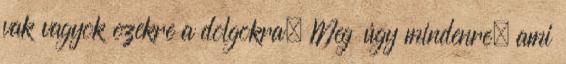
vak vagyok ezekre a dolgokra. Meg úgy mindenre, ami